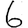
Digit: 6